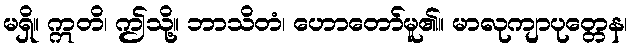
မရှိ။ ဣတိ၊ ဤသို့။ ဘာသိတံ၊ ဟောတော်မူ၏။ မာလုကျာပုတ္တေန၊